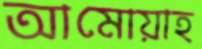
আমোয়াহ